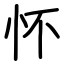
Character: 怀